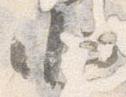
北